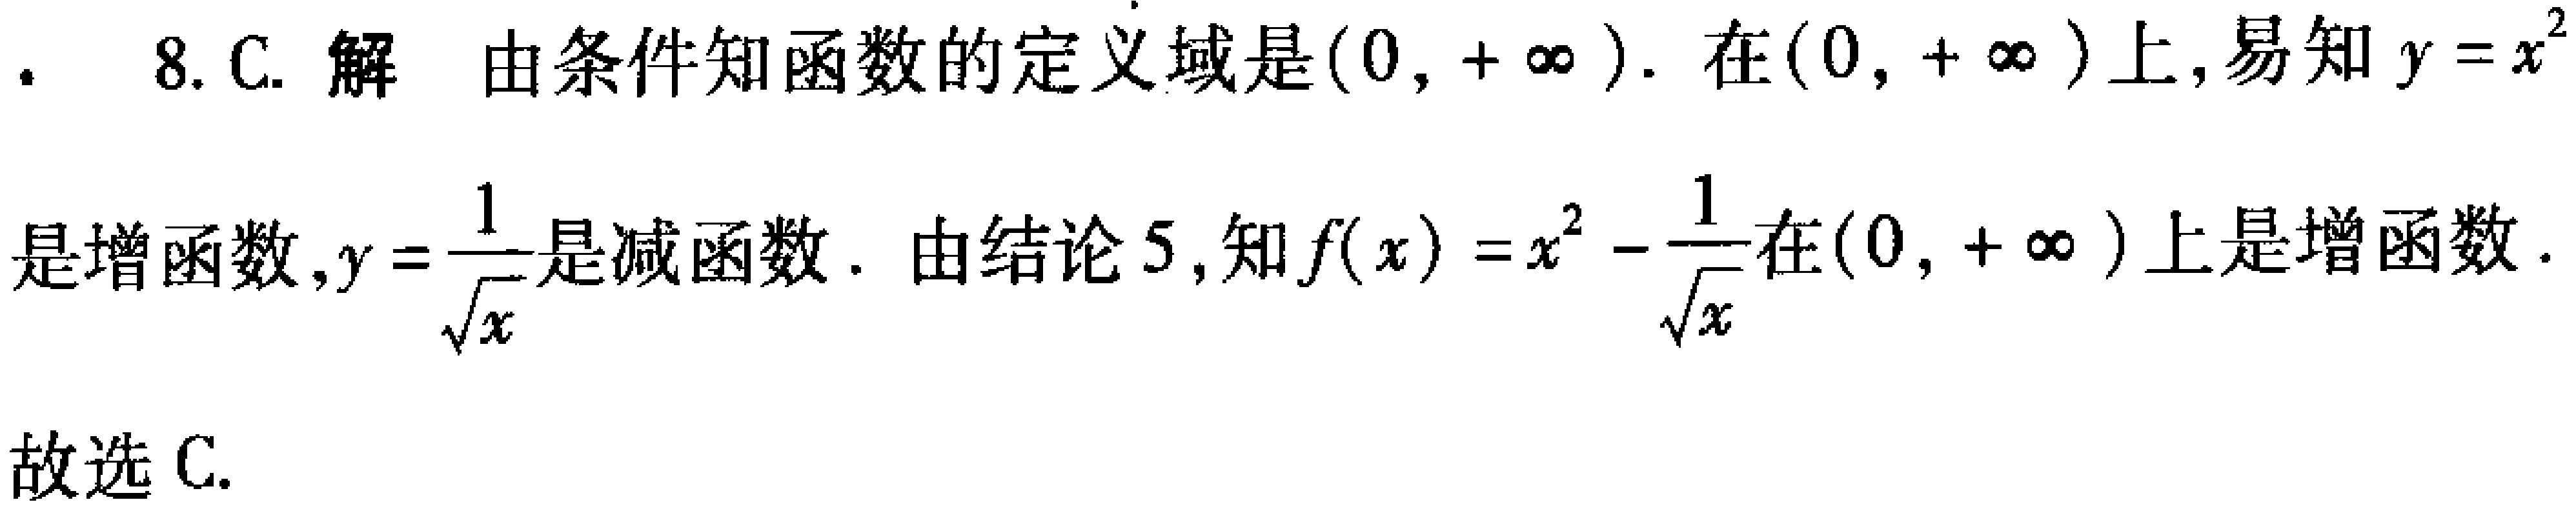
8. C. 解 由条件知函数的定义域是\((0, +\infty)\). 在\((0, +\infty)\)上, 易知\(y = x^{2}\)是增函数,\(y=\frac{1}{\sqrt{x}}\)是减函数. 由结论 5, 知\(f(x)=x^{2}-\frac{1}{\sqrt{x}}\)在\((0, +\infty)\)上是增函数. 故选 C.